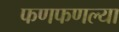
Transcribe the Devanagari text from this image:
फणफणल्या